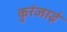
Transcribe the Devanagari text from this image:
कुरंजाई